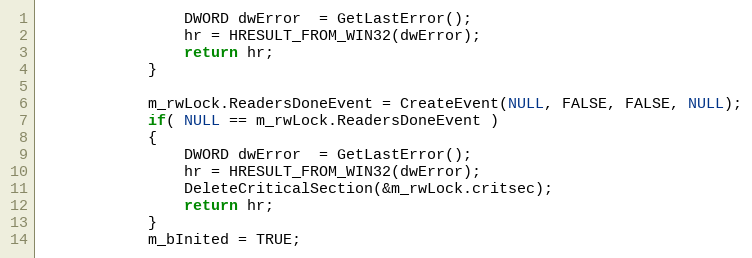
Language: C
                DWORD dwError  = GetLastError();
                hr = HRESULT_FROM_WIN32(dwError);
                return hr;
            }

            m_rwLock.ReadersDoneEvent = CreateEvent(NULL, FALSE, FALSE, NULL);
            if( NULL == m_rwLock.ReadersDoneEvent )
            {
                DWORD dwError  = GetLastError();
                hr = HRESULT_FROM_WIN32(dwError);
                DeleteCriticalSection(&m_rwLock.critsec);
                return hr;
            }
            m_bInited = TRUE;